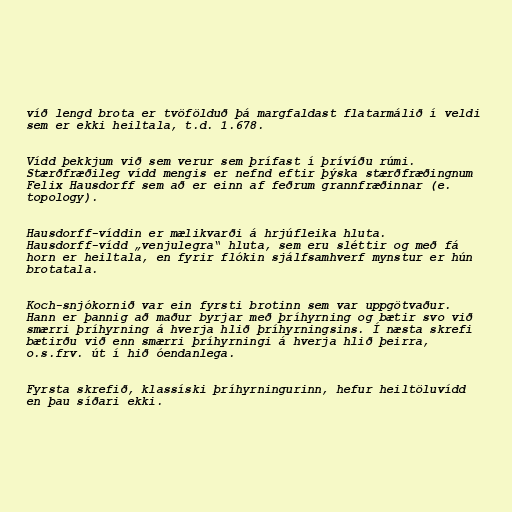
víð lengd brota er tvöfölduð þá margfaldast flatarmálið í veldi
sem er ekki heiltala, t.d. 1.678.

Vídd þekkjum við sem verur sem þrífast í þrívíðu rúmi.
Stærðfræðileg vídd mengis er nefnd eftir þýska stærðfræðingnum
Felix Hausdorff sem að er einn af feðrum grannfræðinnar (e.
topology).

Hausdorff-víddin er mælikvarði á hrjúfleika hluta.
Hausdorff-vídd „venjulegra“ hluta, sem eru sléttir og með fá
horn er heiltala, en fyrir flókin sjálfsamhverf mynstur er hún
brotatala.

Koch-snjókornið var ein fyrsti brotinn sem var uppgötvaður.
Hann er þannig að maður byrjar með þríhyrning og bætir svo við
smærri þríhyrning á hverja hlið þríhyrningsins. Í næsta skrefi
bætirðu við enn smærri þríhyrningi á hverja hlið þeirra,
o.s.frv. út í hið óendanlega.

Fyrsta skrefið, klassíski þríhyrningurinn, hefur heiltöluvídd
en þau síðari ekki.